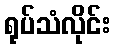
ရုပ်သံလိုင်း